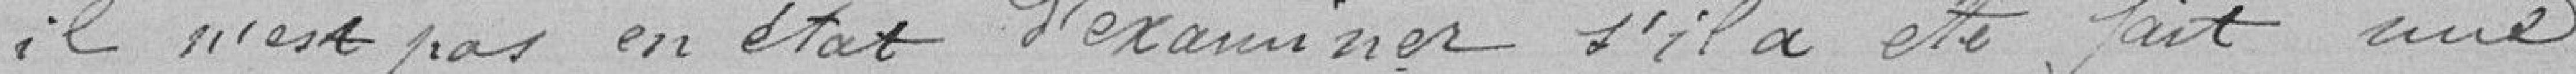
il n'est pas en état d'examiner s'il a été fait une